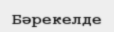
Бәрекелде